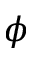
\phi